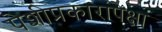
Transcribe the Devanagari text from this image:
पेशीप्रकारांपेक्षा